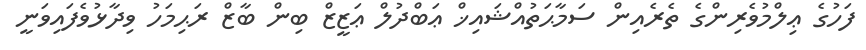
ފަހުގެ ޢިލްމުވެރިންގެ ތެރެއިން ސަމާޙަތުއްޝައިޚް ޢަބްދުލް ޢަޒީޒް ބިން ބާޒް ރަޙިމަހު ވިދާޅުވެފައިވަނީ